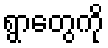
ရွာတွေကို